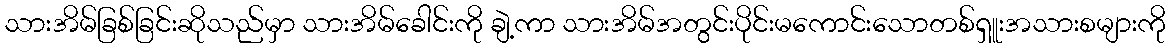
သားအိမ်ခြစ်ခြင်းဆိုသည်မှာ သားအိမ်ခေါင်းကို ချဲ့ကာ သားအိမ်အတွင်းပိုင်းမကောင်းသောတစ်ရှူးအသားစများကို